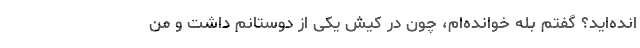
انده‌اید؟ گفتم بله خوانده‌ام، چون در کیش یکی از دوستانم داشت و من